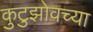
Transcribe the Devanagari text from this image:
कुटुझोवच्या